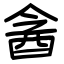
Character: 酓